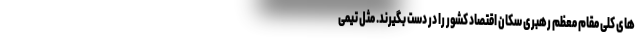
های کلی مقام معظم رهبری سکان اقتصاد کشور را در دست بگیرند. مثل تیمی